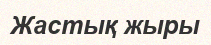
Жастық жыры